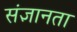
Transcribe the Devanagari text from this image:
संज्ञानता